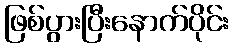
ဖြစ်ပွားပြီးနောက်ပိုင်း